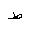
Letter: _da